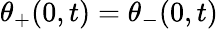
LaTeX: \theta_{+}(0,t)=\theta_{-}(0,t)